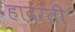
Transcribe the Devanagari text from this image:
हादरती